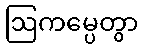
ဩကမ္ပေတွာ